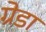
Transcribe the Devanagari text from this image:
ग्रेडा